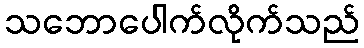
သဘောပေါက်လိုက်သည်